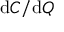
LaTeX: { \mathrm { d } } C / { \mathrm { d } } Q